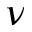
\nu